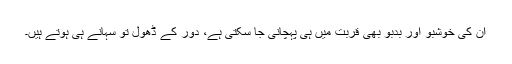
اُن کی خوشبو اور بدبو بھی قربت میں ہی پہچانی جا سکتی ہے، دور کے ڈھول تو سہانے ہی ہوتے ہیں۔